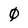
Character: 0